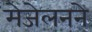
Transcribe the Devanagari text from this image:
मेजेलनने